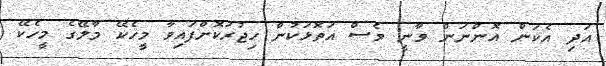
އަދި އެކަން އޮންނަން ވާނީ ވެސް އަތޮޅަކުން ހިޖުރަކޮށްފައިވާ މީހެކޭ މާލޭގެ މީހެކޭ